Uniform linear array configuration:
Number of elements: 64
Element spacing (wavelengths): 0.25
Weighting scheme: cosine
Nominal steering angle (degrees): -15
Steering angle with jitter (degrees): -15.522
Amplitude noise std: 0.05
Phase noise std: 0.05

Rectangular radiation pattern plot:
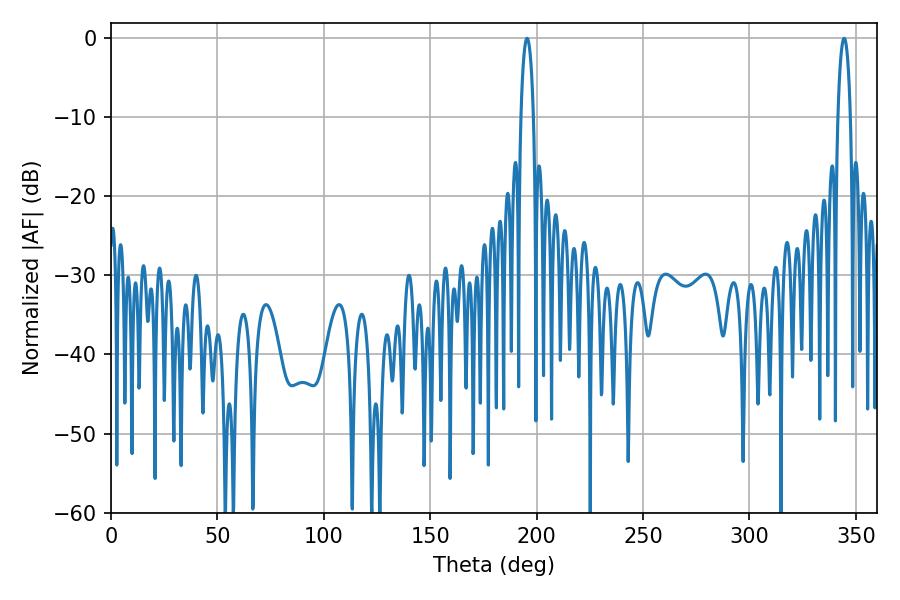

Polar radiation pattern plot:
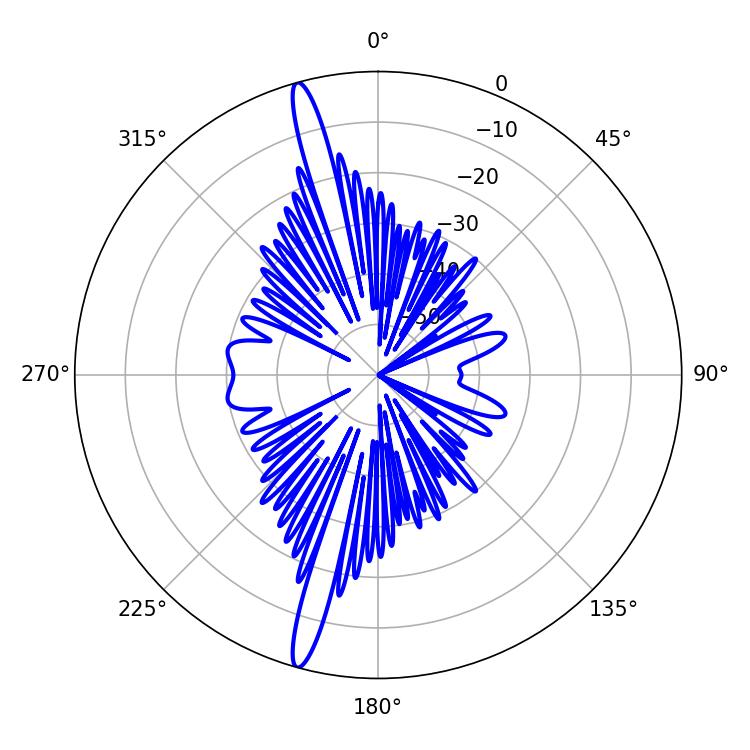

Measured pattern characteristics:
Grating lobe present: FALSE
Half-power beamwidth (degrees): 3.24
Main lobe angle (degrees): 344.52